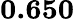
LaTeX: \textbf{0.650}